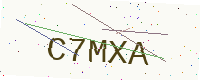
Text: C7MXA